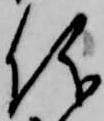
儀